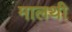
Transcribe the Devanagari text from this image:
मालथी